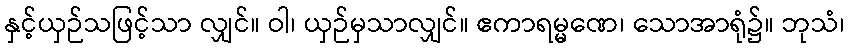
နှင့်ယှဉ်သဖြင့်သာ လျှင်။ ဝါ၊ ယှဉ်မှသာလျှင်။ ဧကာရမ္မဏေ၊ သောအာရုံ၌။ ဘုသံ၊